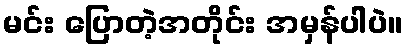
မင်း ပြောတဲ့အတိုင်း အမှန်ပါပဲ။